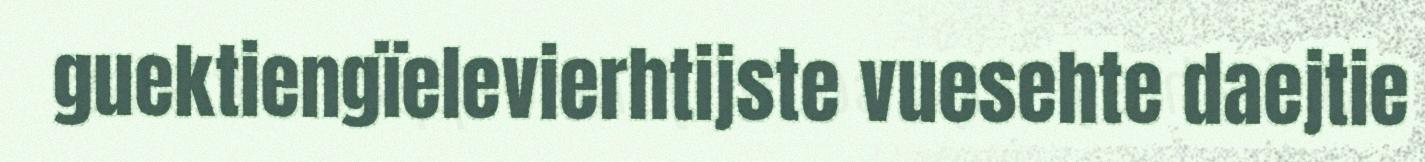
guektiengïelevierhtijste vuesehte daejtie